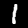
Digit: 1